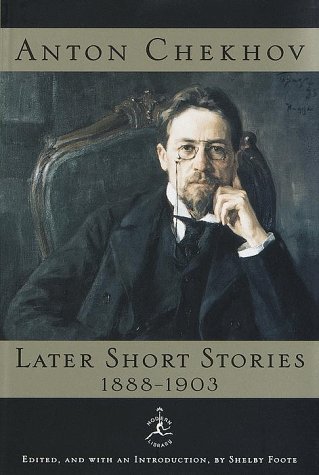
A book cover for Anton Chekhov Later Short Stories, 1888-1903 (Modern Library); Anton Chekhov; Literature & Fiction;